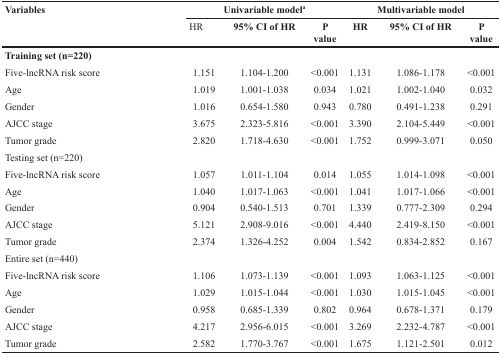
<table><thead><tr><td rowspan="2"><b>Variables</b></td><td colspan="3"><b>Univariable model<sup>a</sup></b></td><td colspan="3"><b>Multivariable model</b></td></tr><tr><td><b>HR</b></td><td><b>95% CI of HR</b></td><td><b>P value</b></td><td><b>HR</b></td><td><b>95% CI of HR</b></td><td><b>P value</b></td></tr></thead><tbody><tr><td colspan="7"><b>Training set (n=220)</b></td></tr><tr><td>Five-lncRNA risk score</td><td>1.151</td><td>1.104-1.200</td><td>&lt;0.001</td><td>1.131</td><td>1.086-1.178</td><td>&lt;0.001</td></tr><tr><td>Age</td><td>1.019</td><td>1.001-1.038</td><td>0.034</td><td>1.021</td><td>1.002-1.040</td><td>0.032</td></tr><tr><td>Gender</td><td>1.016</td><td>0.654-1.580</td><td>0.943</td><td>0.780</td><td>0.491-1.238</td><td>0.291</td></tr><tr><td>AJCC stage</td><td>3.675</td><td>2.323-5.816</td><td>&lt;0.001</td><td>3.390</td><td>2.104-5.449</td><td>&lt;0.001</td></tr><tr><td>Tumor grade</td><td>2.820</td><td>1.718-4.630</td><td>&lt;0.001</td><td>1.752</td><td>0.999-3.071</td><td>0.050</td></tr><tr><td colspan="7">Testing set (n=220)</td></tr><tr><td>Five-lncRNA risk score</td><td>1.057</td><td>1.011-1.104</td><td>0.014</td><td>1.055</td><td>1.014-1.098</td><td>&lt;0.001</td></tr><tr><td>Age</td><td>1.040</td><td>1.017-1.063</td><td>&lt;0.001</td><td>1.041</td><td>1.017-1.066</td><td>&lt;0.001</td></tr><tr><td>Gender</td><td>0.904</td><td>0.540-1.513</td><td>0.701</td><td>1.339</td><td>0.777-2.309</td><td>0.294</td></tr><tr><td>AJCC stage</td><td>5.121</td><td>2.908-9.016</td><td>&lt;0.001</td><td>4.440</td><td>2.419-8.150</td><td>&lt;0.001</td></tr><tr><td>Tumor grade</td><td>2.374</td><td>1.326-4.252</td><td>0.004</td><td>1.542</td><td>0.834-2.852</td><td>0.167</td></tr><tr><td colspan="7">Entire set (n=440)</td></tr><tr><td>Five-lncRNA risk score</td><td>1.106</td><td>1.073-1.139</td><td>&lt;0.001</td><td>1.093</td><td>1.063-1.125</td><td>&lt;0.001</td></tr><tr><td>Age</td><td>1.029</td><td>1.015-1.044</td><td>&lt;0.001</td><td>1.030</td><td>1.015-1.045</td><td>&lt;0.001</td></tr><tr><td>Gender</td><td>0.958</td><td>0.685-1.339</td><td>0.802</td><td>0.964</td><td>0.678-1.371</td><td>0.179</td></tr><tr><td>AJCC stage</td><td>4.217</td><td>2.956-6.015</td><td>&lt;0.001</td><td>3.269</td><td>2.232-4.787</td><td>&lt;0.001</td></tr><tr><td>Tumor grade</td><td>2.582</td><td>1.770-3.767</td><td>&lt;0.001</td><td>1.675</td><td>1.121-2.501</td><td>0.012</td></tr></tbody></table>